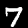
Label: 7